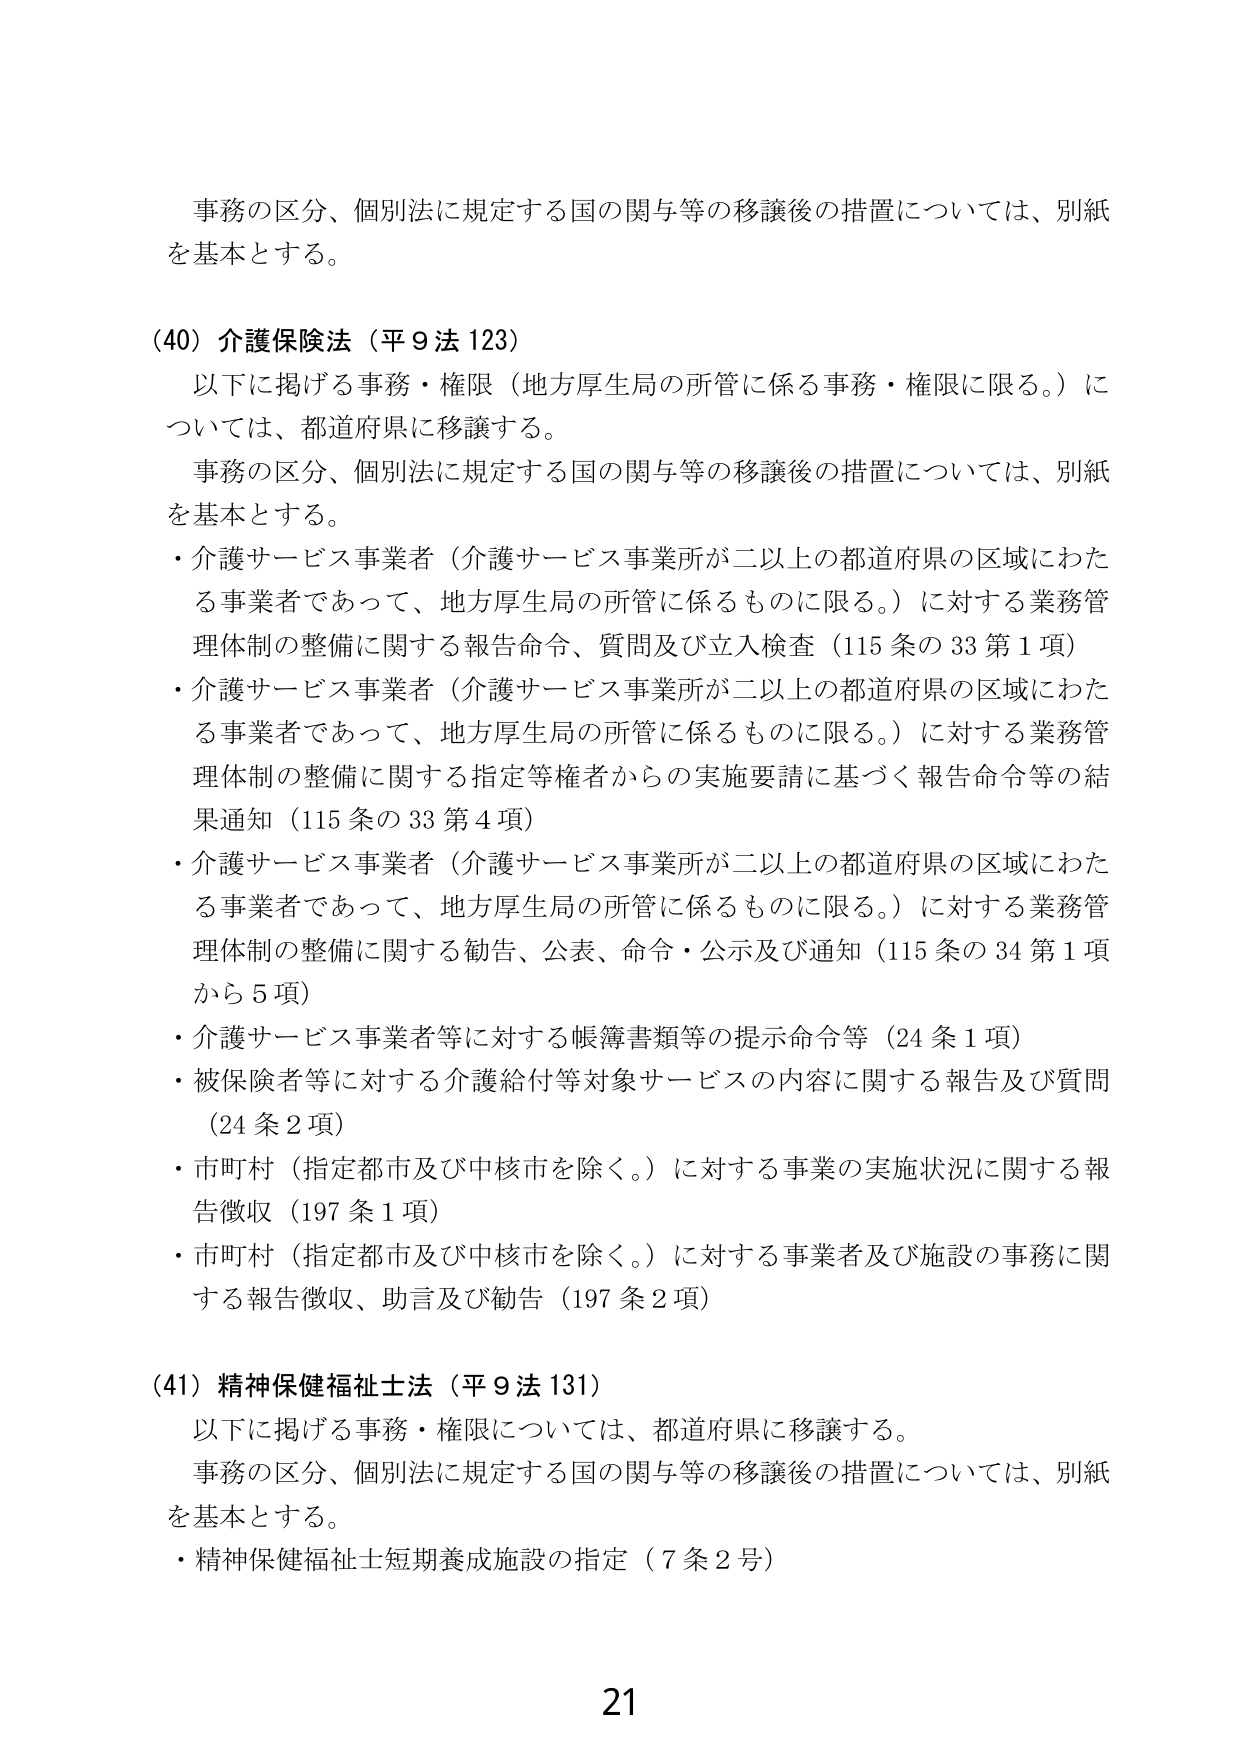
事務の区分、個別法に規定する国の関与等の移譲後の措置については、別紙を基本とする。

(40) 介護保険法（平9法123）
　以下に掲げる事務・権限（地方厚生局の所管に係る事務・権限に限る。）については、都道府県に移譲する。
　事務の区分、個別法に規定する国の関与等の移譲後の措置については、別紙を基本とする。
・介護サービス事業者（介護サービス事業所が二以上の都道府県の区域にわたる事業者であって、地方厚生局の所管に係るものに限る。）に対する業務管理体制の整備に関する報告命令、質問及び立入検査（115条の33第1項）
・介護サービス事業者（介護サービス事業所が二以上の都道府県の区域にわたる事業者であって、地方厚生局の所管に係るものに限る。）に対する業務管理体制の整備に関する指定等権者からの実施要請に基づく報告命令等の結果通知（115条の33第4項）
・介護サービス事業者（介護サービス事業所が二以上の都道府県の区域にわたる事業者であって、地方厚生局の所管に係るものに限る。）に対する業務管理体制の整備に関する勧告、公表、命令・公示及び通知（115条の34第1項から5項）
・介護サービス事業者等に対する帳簿書類等の提示命令等（24条1項）
・被保険者等に対する介護給付等対象サービスの内容に関する報告及び質問（24条2項）
・市町村（指定都市及び中核市を除く。）に対する事業の実施状況に関する報告徴収（197条1項）
・市町村（指定都市及び中核市を除く。）に対する事業者及び施設の事務に関する報告徴収、助言及び勧告（197条2項）

(41) 精神保健福祉士法（平9法131）
　以下に掲げる事務・権限については、都道府県に移譲する。
　事務の区分、個別法に規定する国の関与等の移譲後の措置については、別紙を基本とする。
・精神保健福祉士短期養成施設の指定（7条2号）

21